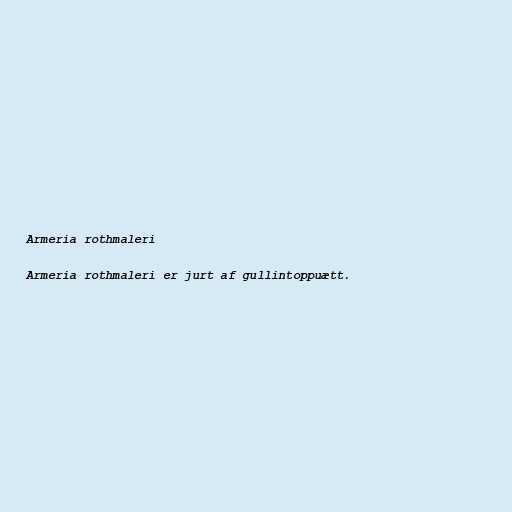
Armeria rothmaleri

Armeria rothmaleri er jurt af gullintoppuætt.